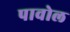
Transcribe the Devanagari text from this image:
पावोल